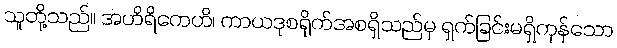
သူတို့သည်။ အဟိရိကေဟိ၊ ကာယဒုစရိုက်အစရှိသည်မှ ရှက်ခြင်းမရှိကုန်သော